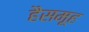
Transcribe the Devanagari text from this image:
हैसमूह